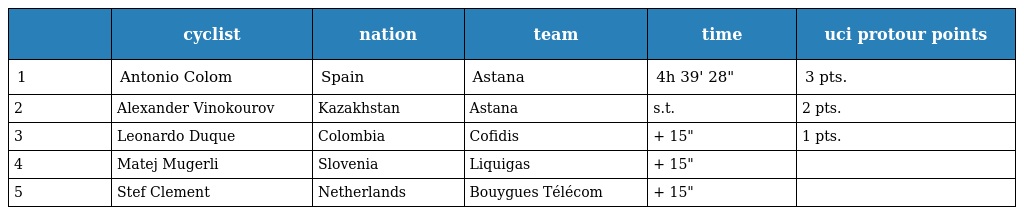
|  | cyclist | nation | team | time | uci protour points |
 | --- | --- | --- | --- | --- | --- |
 | 1 | Antonio Colom | Spain | Astana | 4h 39' 28" | 3 pts. |
 | 2 | Alexander Vinokourov | Kazakhstan | Astana | s.t. | 2 pts. |
 | 3 | Leonardo Duque | Colombia | Cofidis | + 15" | 1 pts. |
 | 4 | Matej Mugerli | Slovenia | Liquigas | + 15" |  |
 | 5 | Stef Clement | Netherlands | Bouygues Télécom | + 15" |  |